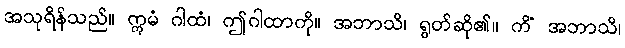
အသုရိန်သည်။ ဣမံ ဂါထံ၊ ဤဂါထာကို။ အဘာသိ၊ ရွတ်ဆို၏။ ကိံ အဘာသိ၊